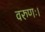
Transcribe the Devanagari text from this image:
वरुणः।